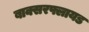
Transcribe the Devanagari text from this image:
बाक्सरफ्लायड